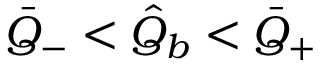
\bar { Q } _ { - } < \hat { Q } _ { b } < \bar { Q } _ { + }